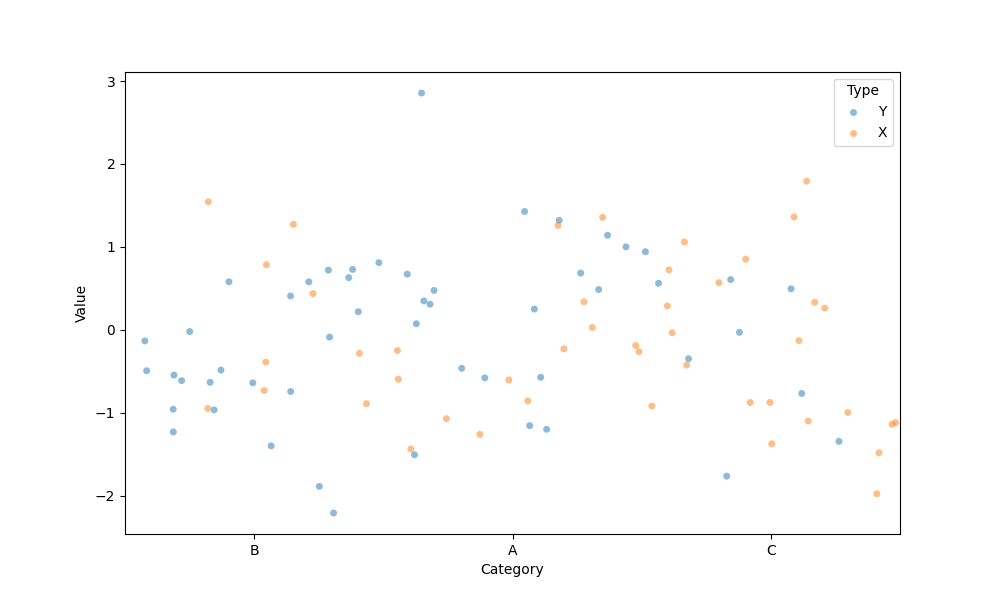
python, seaborn, stripplot, jitter=True, dodge=True, alpha=0.5, size=5